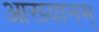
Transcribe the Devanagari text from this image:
आख्यानम्